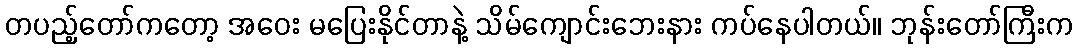
တပည့်တော်ကတော့ အဝေး မပြေးနိုင်တာနဲ့ သိမ်ကျောင်းဘေးနား ကပ်နေပါတယ်။ ဘုန်းတော်ကြီးက